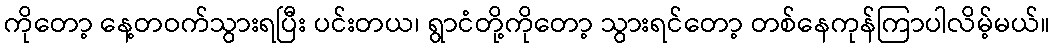
ကိုတော့ နေ့တဝက်သွားရပြီး ပင်းတယ၊ ရွာငံတို့ကိုတော့ သွားရင်တော့ တစ်နေကုန်ကြာပါလိမ့်မယ်။